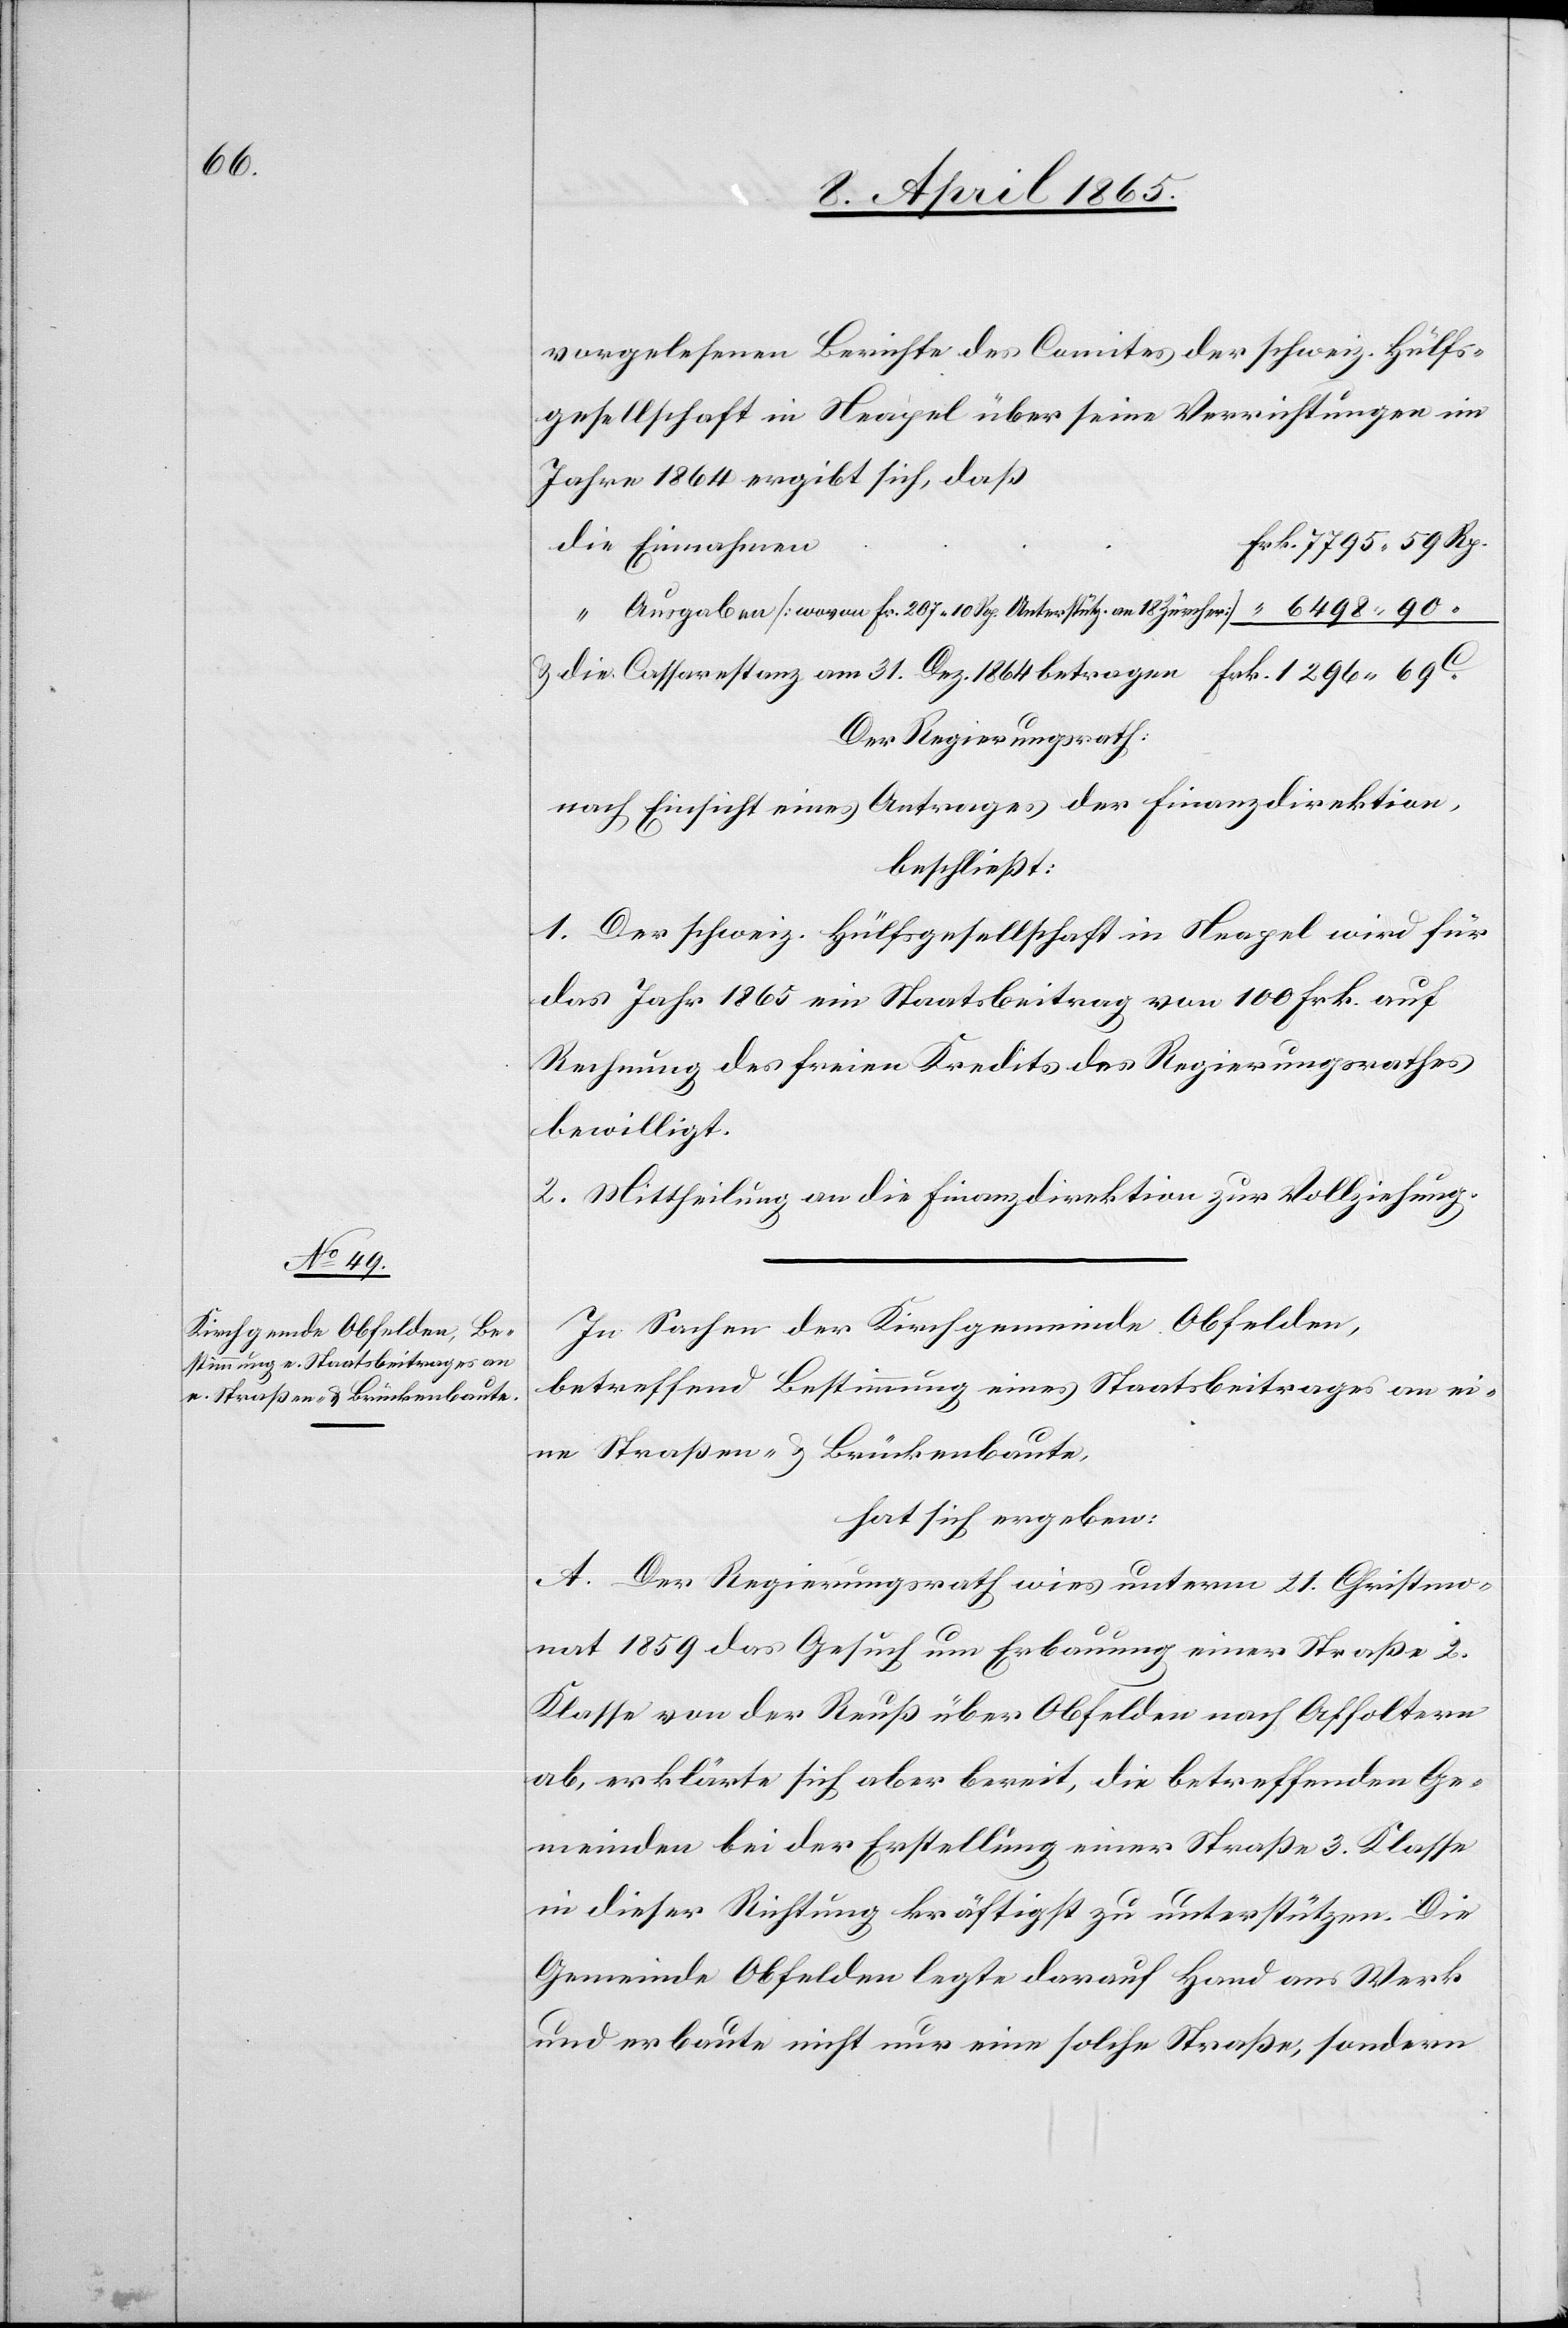
vorgelesenen Berichte des Comites der schweiz. Hülfs¬
gesellschaft in Neapel über seine Verrichtungen im
Jahre 1864 ergibt sich, daß
Ausgaben [wovon Fr. 207 10 Rp. Unterstütz. 			an 18
& die Cassarestanz am 31. Dez. 1864 betragen		Frk.			1296 69	C
Der Regierungsrath:
nach Einsicht eines Antrages der Finanzdirektion,
beschließt:
1. Der schweiz. Hülfsgesellschaft in Neapel wird für
das Jahr 1865 ein Staatsbeitrag von 100 Frk. auf
Rechnung des freien Kredits des Regierungsrathes
bewilligt.
2. Mittheilung an die Finanzdirektion zur Vollziehung.
In Sachen der Kirchgemeinde Obfelden,
betreffend Bestimmung eines Staatsbeitrages an ei¬
ne Straßen- & Brückenbaute,
hat sich ergeben:
A. Der Regierungsrath wies unterm 21. Christmo¬
nat 1859 das Gesuch um Erbauung einer Straße 2.
Klasse von der Reuß über Obfelden nach Affoltern
ab, erklärte sich aber bereit, die betreffenden Ge¬
meinden bei der Erstellung einer Straße 3. Klasse
in dieser Richtung kräftigst zu unterstützen. Die
Gemeinde Obfelden legte darauf Hand ans Werk
und erbaute nicht nur eine solche Straße, sondern